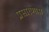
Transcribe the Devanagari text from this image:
प्रसारणास